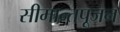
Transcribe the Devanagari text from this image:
सीमान्तपूजन